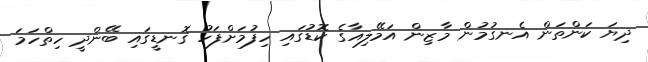
ދިޔަ ކަންތަން އެނގުމުން މާޒިން އަމޭލިއާގެ ކޮޑުގައި ހިފުމަށްފަހު ގޮނޑީގައި ބޭންދީ ހިތްހަމަ